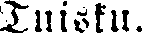
Tuisku.